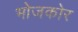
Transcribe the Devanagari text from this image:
भोजकोर